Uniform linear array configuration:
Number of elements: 12
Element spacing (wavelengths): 0.5
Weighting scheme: hann
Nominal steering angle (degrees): -30
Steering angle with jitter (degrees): -29.178
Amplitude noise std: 0.05
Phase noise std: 0.05

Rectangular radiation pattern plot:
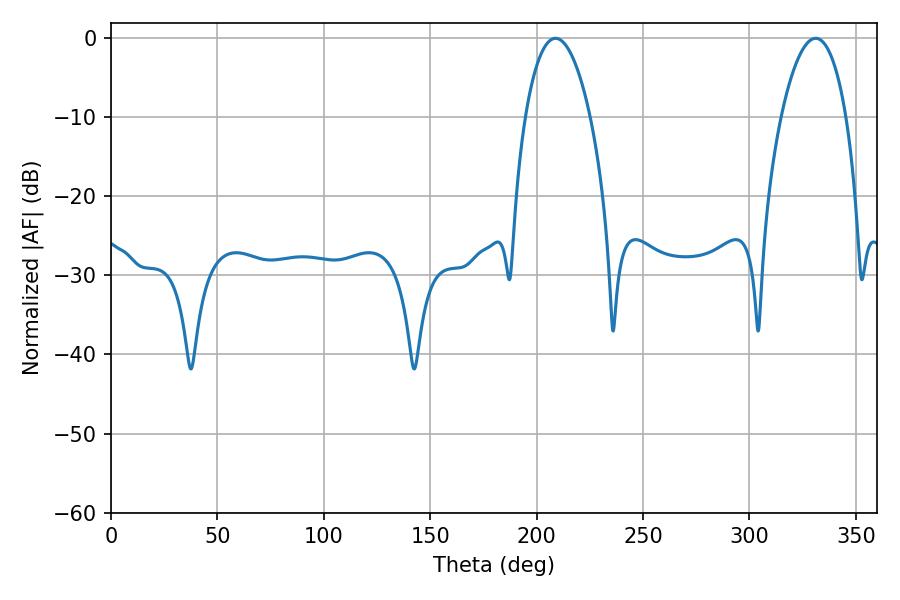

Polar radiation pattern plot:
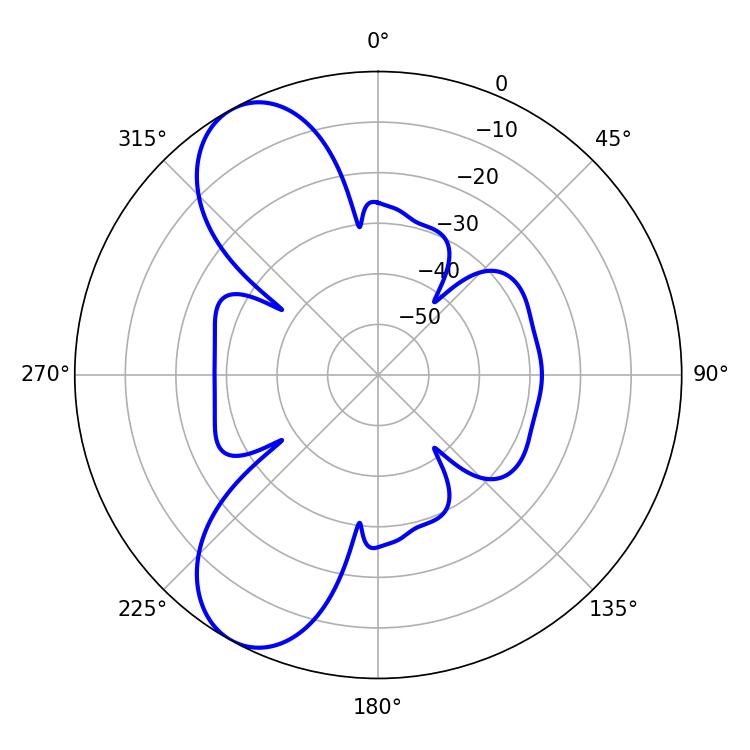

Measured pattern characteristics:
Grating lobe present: FALSE
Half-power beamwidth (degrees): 17.1
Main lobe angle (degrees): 208.8